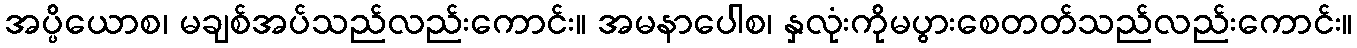
အပ္ပိယောစ၊ မချစ်အပ်သည်လည်းကောင်း။ အမနာပေါစ၊ နှလုံးကိုမပွားစေတတ်သည်လည်းကောင်း။